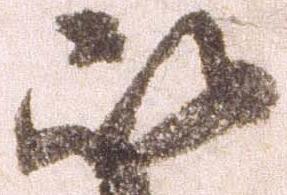
以